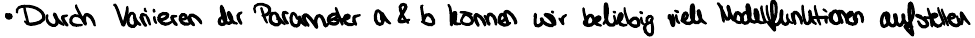
Durch Variieren der Parameter a & b können wir beliebig viele Modellfunktionen aufstellen